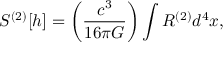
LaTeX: S ^ { ( 2 ) } [ h ] = \left( { \frac { c ^ { 3 } } { 1 6 \pi G } } \right) \int R ^ { ( 2 ) } d ^ { 4 } x ,